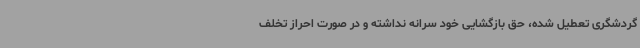
گردشگری تعطیل شده، حق بازگشایی خود سرانه نداشته و در صورت احراز تخلف